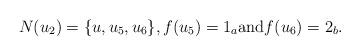
LaTeX: \begin{align*}N(u_2)=\{u,u_5,u_6\}, f(u_5) = 1_a \mbox{and} f(u_6) = 2_b.\end{align*}